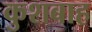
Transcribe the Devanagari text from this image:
कुशबाह